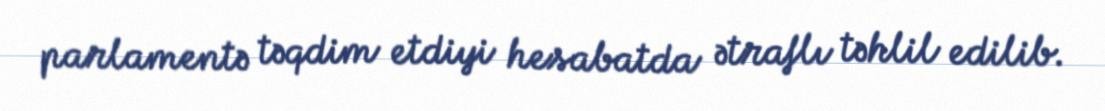
parlamentə təqdim etdiyi hesabatda ətraflı təhlil edilib.